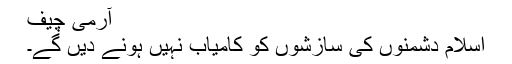
آرمی چیف
اسلام دشمنوں کی سازشوں کو کامیاب نہیں ہونے دیں گے۔